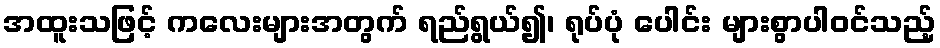
အထူးသဖြင့် ကလေးများအတွက် ရည်ရွယ်၍၊ ရုပ်ပုံ ပေါင်း များစွာပါဝင်သည့်